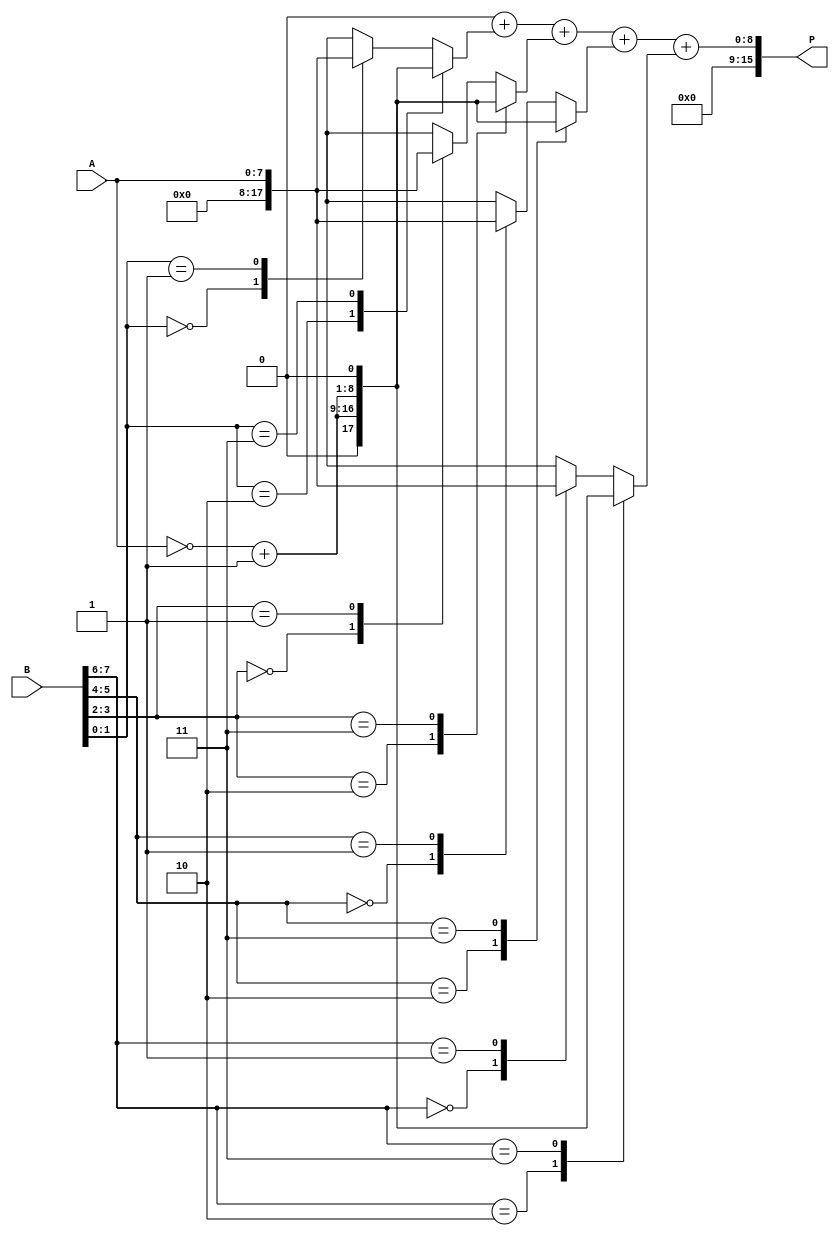
module radix4_multiplier #(parameter N = 8) (
    input [N-1:0] A,  // Multiplicand
    input [N-1:0] B,  // Multiplier
    output reg [2*N-1:0] P  // Product
);

    reg [N-1:0] A_neg;
    reg [N:0] partial_products [0:N/2]; // Array to hold partial products
    reg [N:0] sum; // Temporary sum for accumulation
    integer i;

    // Negate the multiplicand for -A and -2A
    always @(*) begin
        A_neg = ~A + 1; // Two's complement for negation
    end

    // Generate partial products based on the encoded values
    always @(*) begin
        // Initialize partial products to zero
        for (i = 0; i < N/2; i = i + 1) begin
            partial_products[i] = 0;
        end

        // Encoding and partial product generation
        for (i = 0; i < N; i = i + 2) begin
            case ({B[i+1], B[i]})
                2'b00: partial_products[i/2] = 0;               // 00 -> 0
                2'b01: partial_products[i/2] = A;               // 01 -> A
                2'b10: partial_products[i/2] = {A, 1'b0};       // 10 -> A << 1
                2'b11: partial_products[i/2] = {A, 1'b0} + A;   // 11 -> A << 1 + A
                default: partial_products[i/2] = 0;
            endcase
        end
        
        // Handle negative values
        for (i = 0; i < N; i = i + 2) begin
            case ({B[i+1], B[i]})
                2'b10: partial_products[i/2] = A_neg;          // -1 -> -A
                2'b11: partial_products[i/2] = {A_neg, 1'b0};   // -2 -> -A << 1
            endcase
        end
    end

    // Accumulate partial products
    always @(*) begin
        sum = 0;
        for (i = 0; i < N/2; i = i + 1) begin
            sum = sum + partial_products[i];
        end
        P = sum; // Final product
    end

endmodule